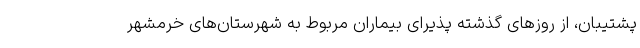
پشتیبان، از روزهای گذشته پذیرای بیماران مربوط به شهرستان‌های خرمشهر